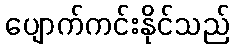
ပျောက်ကင်းနိုင်သည်